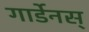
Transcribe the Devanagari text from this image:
गार्डेनस्